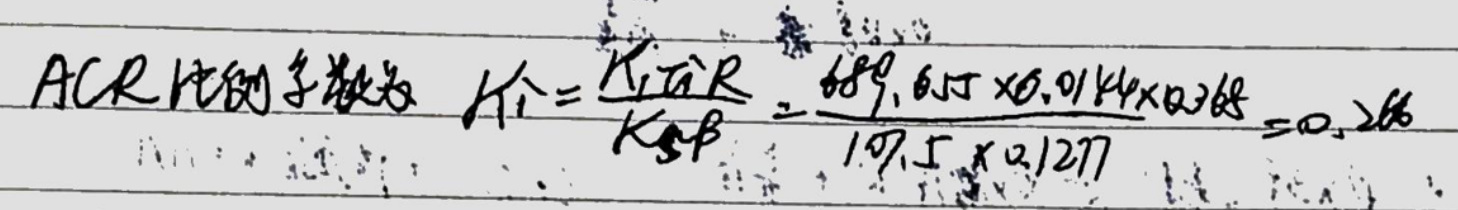
ACR比例系数为$\ K_{1}=\frac{K_{1}\overline{a}R}{K_{SP}}=\frac{689.65\times0.0144\times0.268}{107.5\times0.1277}=0.266$